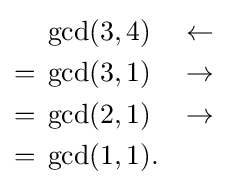
{\begin{aligned}&\gcd(3,4)&\leftarrow \\={}&\gcd(3,1)&\rightarrow \\={}&\gcd(2,1)&\rightarrow \\={}&\gcd(1,1).\end{aligned}}